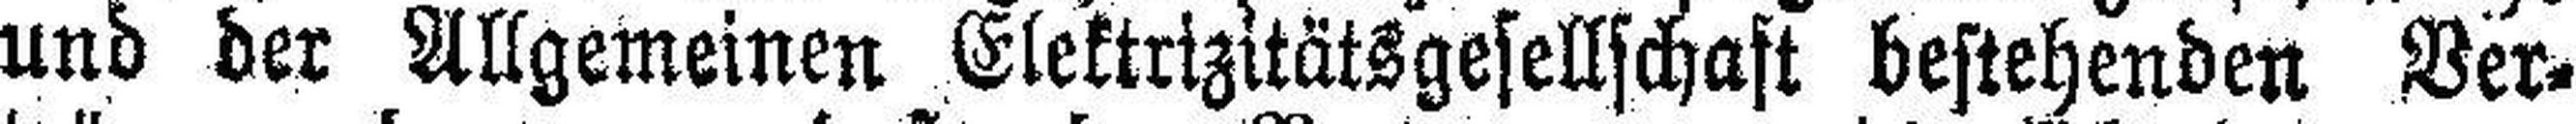
und der Allgemeinen Elektrizitätsgesellschaft bestehenden Ver¬